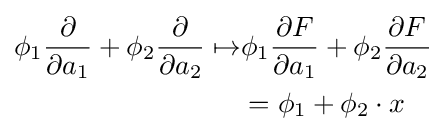
{\begin{aligned}\phi _{1}{\frac {\partial }{\partial a_{1}}}+\phi _{2}{\frac {\partial }{\partial a_{2}}}\mapsto &\phi _{1}{\frac {\partial F}{\partial a_{1}}}+\phi _{2}{\frac {\partial F}{\partial a_{2}}}\\&=\phi _{1}+\phi _{2}\cdot x\end{aligned}}